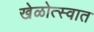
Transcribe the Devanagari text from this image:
खेळोत्स्वात